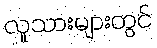
လူသားများတွင်